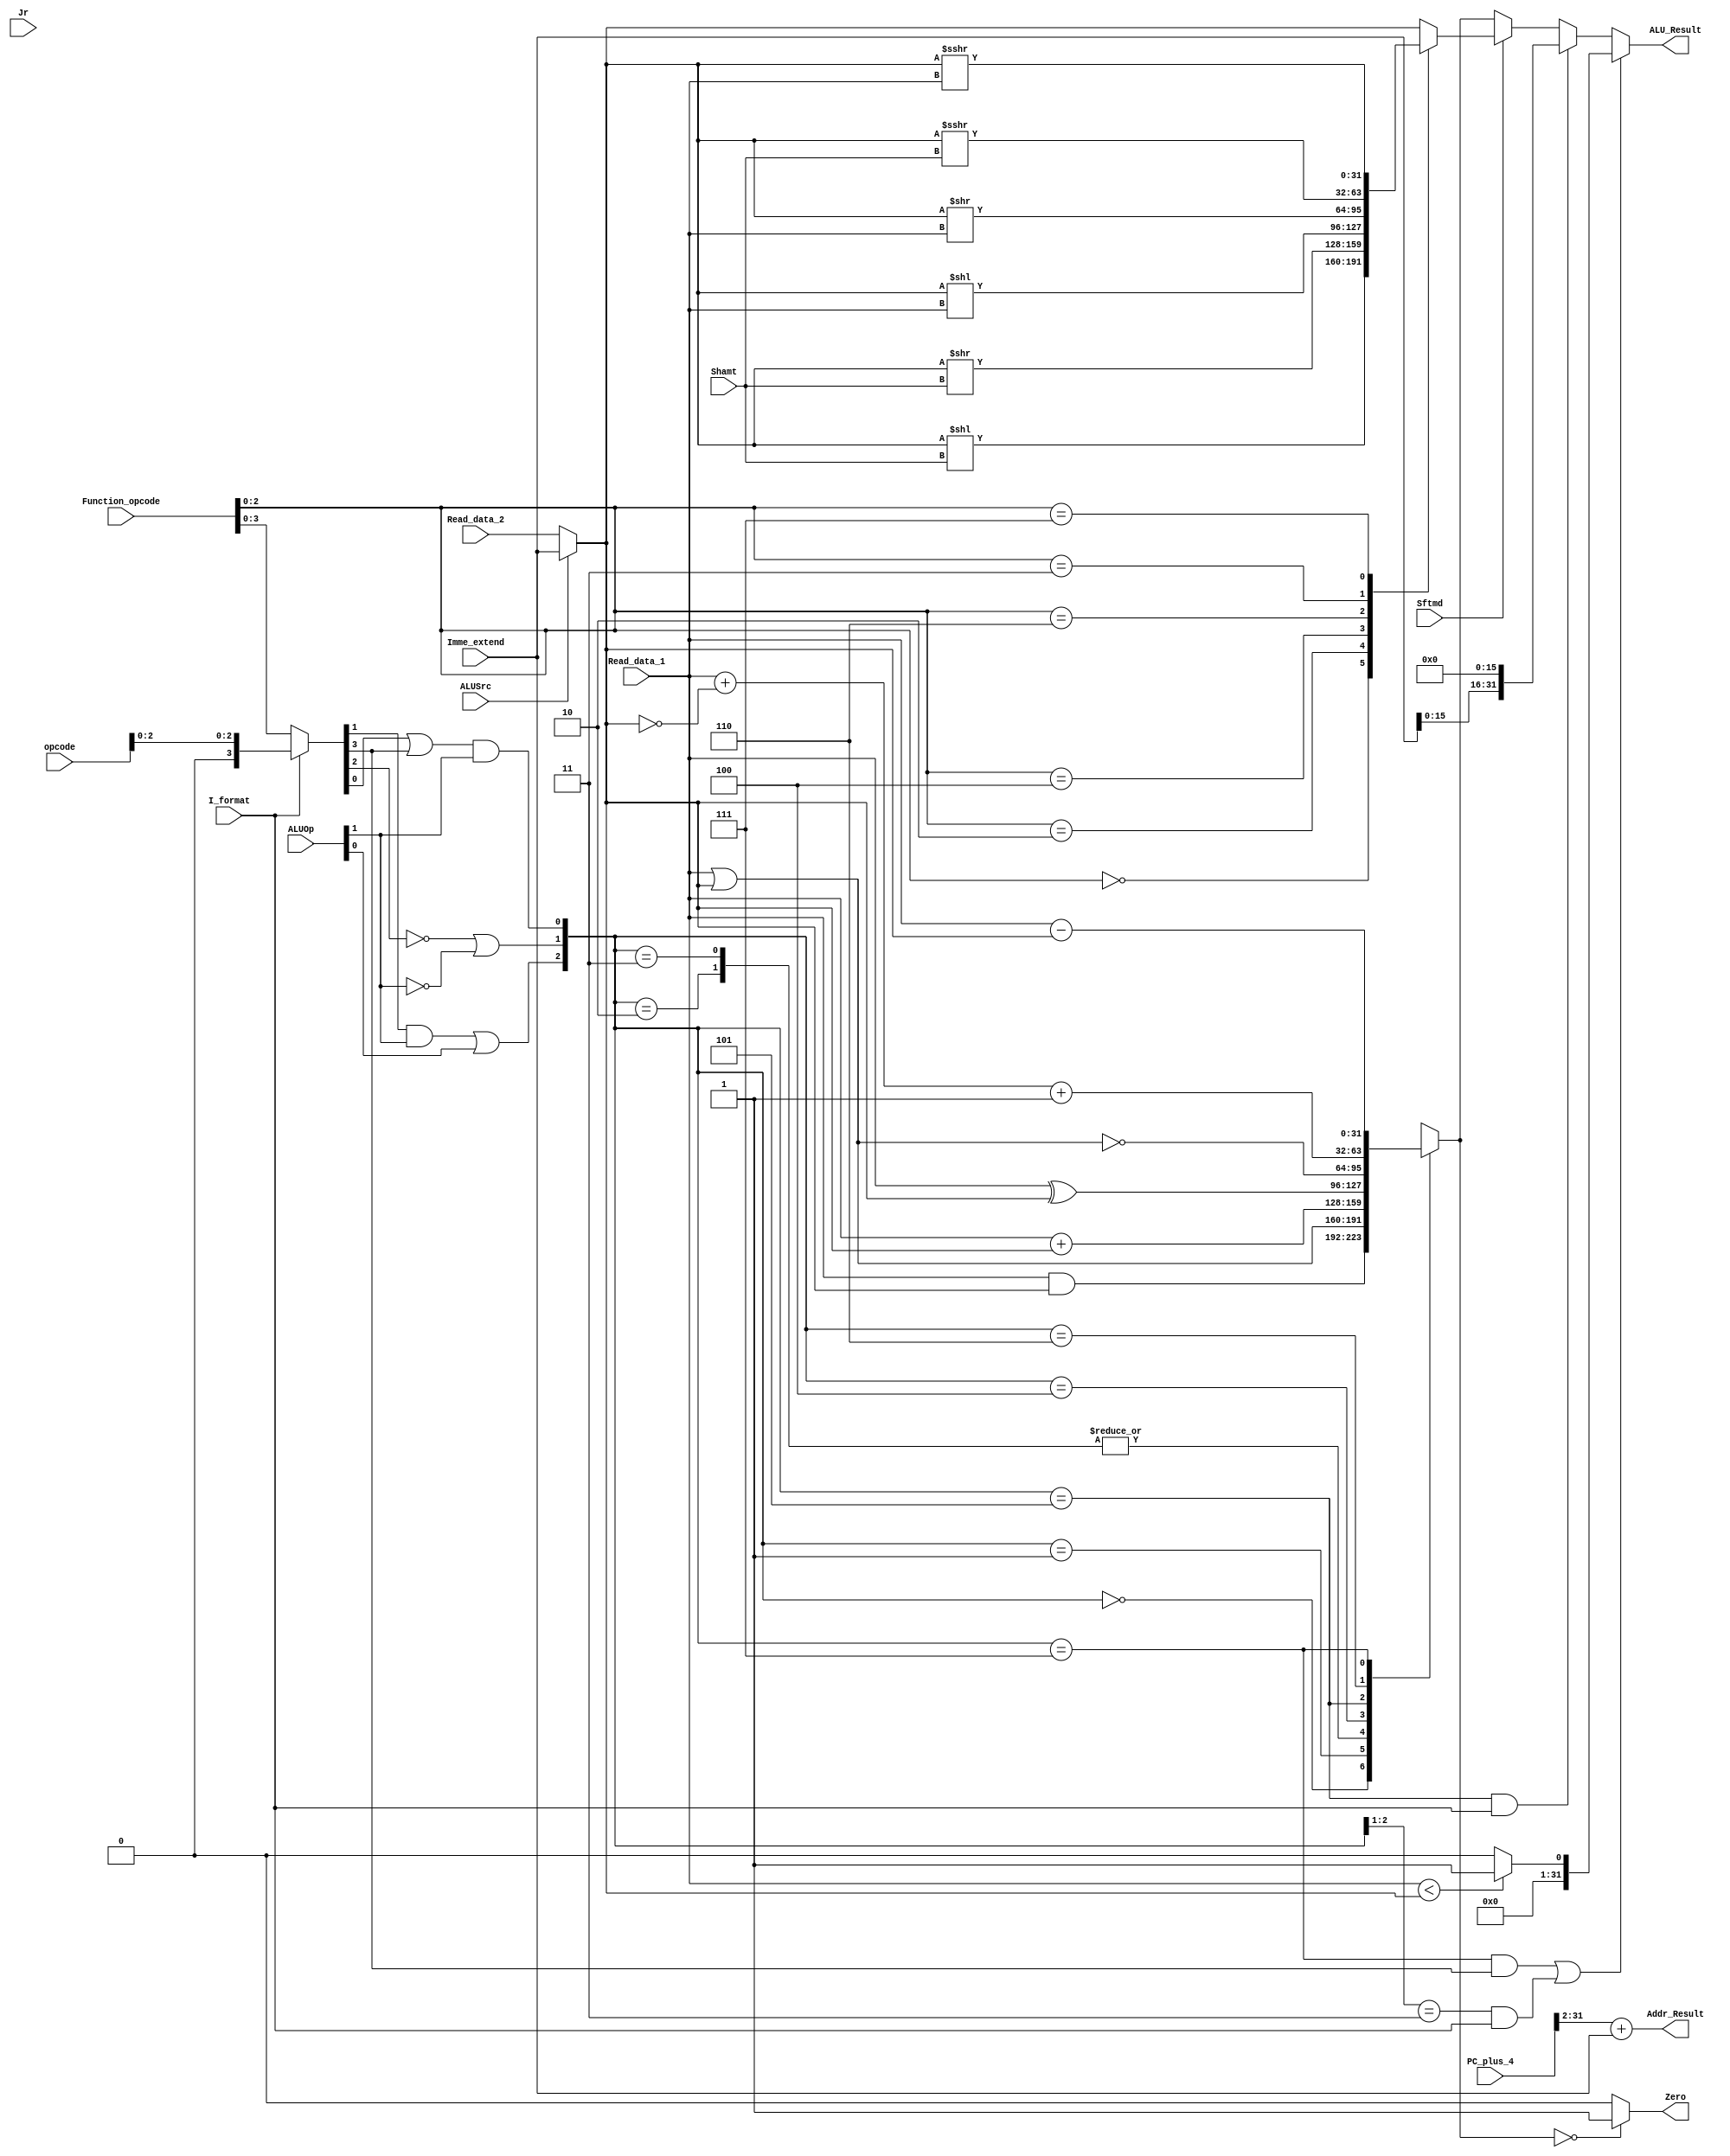
module ALU(
    input[31:0]      Read_data_1, //the source of Ainput 
    input[31:0]      Read_data_2, //one of the sources of Binput 
    input[31:0]      Imme_extend, //one of the sources of Binput 
    input[5:0]       Function_opcode,//instructions[5:0] 
    input[5:0]       opcode,//instruction[31:26]
    input[1:0]       ALUOp, //{ (R_format || I_format) , (Branch || nBranch) } 
    input[4:0]       Shamt,// instruction[10:6], the amount of shift bits 
    input            ALUSrc,// 1 means the 2nd operand is an immedite (except beqbne
    input            I_format, // 1 means I-Type instruction except beq, bne, LW, SW 
    output        Zero,  // 1 means the ALU_reslut is zero, 0 otherwise
    input            Sftmd,// 1 means this is a shift instruction 
    output reg[31:0] ALU_Result, // the ALU calculation result
    output[31:0] Addr_Result,// the calculated instruction address
    input[31:0]      PC_plus_4, // pc+4 
    input        Jr            // 1 means this is a jr instruction  
    //Jr
);

   // reg [31:0] ALU_Result;
    wire [31:0] Ainput, Binput;  // two operands for calculation
    reg[31:0] Sinput;     // the result of shift operation
    reg [31:0] ALU_output_mux;   // the result of arithmetic or logic calculation
    wire [32:0] Branch_Addr;     // the calculated address of the instruction, Addr_Result is Branch_Addr[31:0]
    wire [2:0] ALU_ctl;    // the control signals which affact operation in ALU directely
    wire [5:0] Exe_code;   // use to generate ALU_ctrl. (I_format==0) ? Function_opcode : { 3'b000 , Opcode[2:0] };
    wire [2:0] Sftm;
    //wire Sftmd;

    assign Sftm = Function_opcode[2:0];
    assign Exe_code = (I_format == 0) ? Function_opcode : {3'b000, opcode[2:0]};
    assign Ainput = Read_data_1;
    assign Binput = (ALUSrc == 0) ? Read_data_2 : Imme_extend[31:0];
    
    assign ALU_ctl[0] = (Exe_code[0] | Exe_code[3]) & ALUOp[1];
    assign ALU_ctl[1] = ((!Exe_code[2]) | (!ALUOp[1]));
    assign ALU_ctl[2] = (Exe_code[1] & ALUOp[1]) | ALUOp[0];
    
       
    
    //
    always @(*) 
    begin  
        if(Sftmd)
        case(Sftm[2:0])
            3'b000 :  Sinput = Binput << Shamt;			   //Sll rd,rt,shamt  00000
            3'b010 :  Sinput = Binput >> Shamt; 		       //Srl rd,rt,shamt  00010
            3'b100 :  Sinput = Binput << Ainput;              //Sllv rd,rt,rs 000100
            3'b110 :  Sinput = Binput >> Ainput;              //Srlv rd,rt,rs 000110
            3'b011 :  Sinput = $signed(Binput)>>>Shamt;       //Sra rd,rt,shamt 00011
            3'b111 :  Sinput = $signed(Binput)>>>Ainput;      //Srav rd,rt,rs 00111
            default :  Sinput = Binput;
        endcase
          else begin
             Sinput = Binput;
         end
    end
    
always @(*) begin
        //set type operation
        if(((ALU_ctl==3'b111) && (Exe_code[3]==1))||((ALU_ctl[2:1]==2'b11) && (I_format==1))) begin
             //ALU_Result = (Ainput - Binput < 0) ? 1 : 0;
             ALU_Result =($signed(Ainput) < $signed(Binput))? 32'd1:32'd0;
        end
        //lui operation
        else if((ALU_ctl==3'b101) && (I_format==1))begin
            //ALU_Result[31:0]={Binput[15:0],{16{1'b0}}};
            ALU_Result[31:0] = Imme_extend << 16;
        end
        //shift operation
        else if(Sftmd==1)begin
            ALU_Result = Sinput;
        end
        //other types of operation in ALU
        else begin
            ALU_Result = ALU_output_mux;
        end
    end

    assign Branch_Addr = {3'b0, PC_plus_4[31:2]} + {1'b0, Imme_extend[31:0]};
    assign Addr_Result = Branch_Addr[31:0];
    assign Zero = (ALU_output_mux[31:0] == 32'h0000_0000)? 1'b1 : 1'b0;
       
    
    //
    always @(ALU_ctl or Ainput or Binput) 
    begin
        case(ALU_ctl)
            3'b000 : ALU_output_mux = Ainput & Binput;
            3'b001 : ALU_output_mux = Ainput | Binput;
            3'b010 : ALU_output_mux = Ainput + Binput;
            3'b011 : ALU_output_mux = Ainput + Binput;
            3'b100 : ALU_output_mux = Ainput ^ Binput;
            3'b101 : ALU_output_mux = ~(Ainput | Binput);
            3'b110 : ALU_output_mux = Ainput + ~Binput + 1;
            3'b111 : ALU_output_mux = Ainput - Binput;
            default : ALU_output_mux = 32'h00000000;
        endcase
    end
endmodule